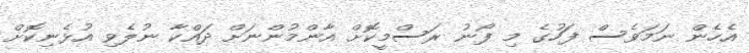
އެހެން ނަމަވެސް ފަހުގެ މި ފޯނު ރަސްމީކޮށް އާންމުންނަށް ދައްކާ ނުލެވި އުޅެނިކޮށް